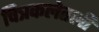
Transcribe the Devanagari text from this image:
चित्रकलेतली